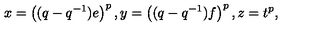
x = \left( ( q - q ^ { - 1 } ) e \right) ^ { p } , y = \left( ( q - q ^ { - 1 } ) f \right) ^ { p } , z = t ^ { p } ,